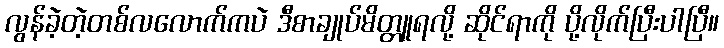
လွန်ခဲ့တဲ့တစ်လလောက်ကပဲ ဒီစာချုပ်မိတ္တူရလို့ ဆိုင်ရာကို ပို့လိုက်ပြီးပါပြီ။